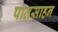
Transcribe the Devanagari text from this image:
पातसाहन